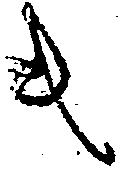
キ